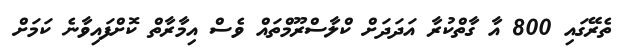
ތެރޭގައި 800 އާ ގާތްކުރާ އަދަދަށް ކްލާސްރޫމްތައް ވެސް އިމާރާތް ކޮށްފައިވާނެ ކަމަށް